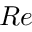
R e